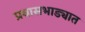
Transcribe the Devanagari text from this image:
प्रवासभाड्यात